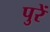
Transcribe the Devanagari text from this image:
पुरें